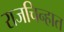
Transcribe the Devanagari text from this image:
राजचिन्हात